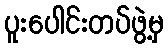
ပူးပေါင်းတပ်ဖွဲ့မှ